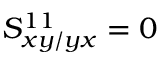
S _ { x y / y x } ^ { 1 1 } = 0